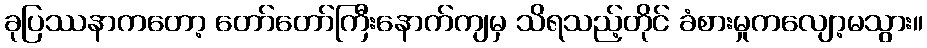
ခုပြဿနာကတော့ တော်တော်ကြီးနောက်ကျမှ သိရသည့်တိုင် ခံစားမှုကလျော့မသွား။